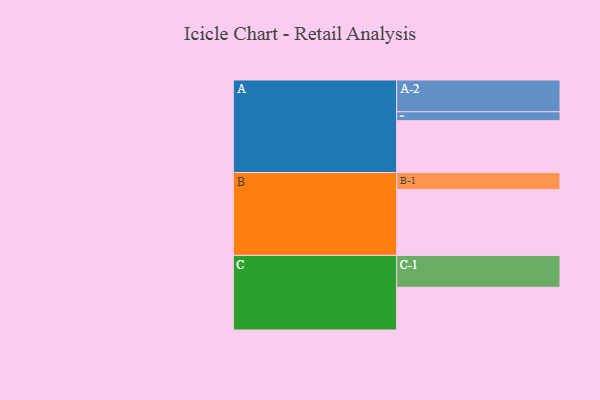
{"axis": {"x": "Segment", "y": "Value"}, "legend": ["", "A", "B", "C"], "data": [{"x": "A", "y": 393, "type": ""}, {"x": "B", "y": 500, "type": ""}, {"x": "C", "y": 324, "type": ""}, {"x": "A-1", "y": 68, "type": "A"}, {"x": "A-2", "y": 241, "type": "A"}, {"x": "B-1", "y": 129, "type": "B"}, {"x": "C-1", "y": 242, "type": "C"}]}